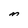
Character: M